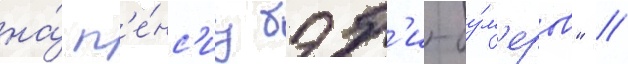
на́ п'е́нс'иу бэб'и-бу́м'еров" //